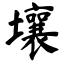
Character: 壤